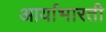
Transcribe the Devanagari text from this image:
आर्याभारती